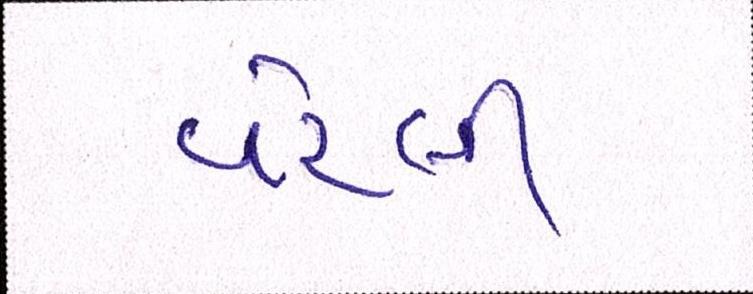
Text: વરેલી